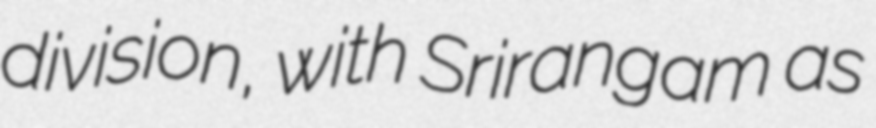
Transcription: division, with Srirangam as